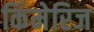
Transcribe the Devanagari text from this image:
किंमेरिज